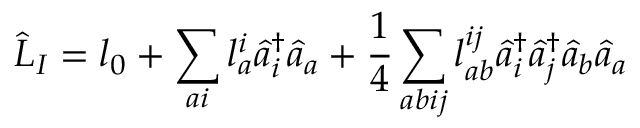
\hat { L } _ { I } = { l } _ { 0 } + \sum _ { a i } { l } _ { a } ^ { i } \hat { a } _ { i } ^ { \dagger } \hat { a } _ { a } + \frac { 1 } { 4 } \sum _ { a b i j } { l } _ { a b } ^ { i j } \hat { a } _ { i } ^ { \dagger } \hat { a } _ { j } ^ { \dagger } \hat { a } _ { b } \hat { a } _ { a }